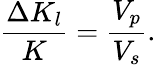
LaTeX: \frac{\Delta K_{l}}{K}=\frac{V_{p}}{V_{s}}.